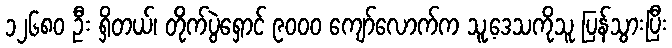
၁၂၆၈၀ ဦး ရှိတယ်၊ တိုက်ပွဲရှောင် ၉၀၀၀ ကျော်လောက်က သူ့ဒေသကိုသူ ပြန်သွားပြီး